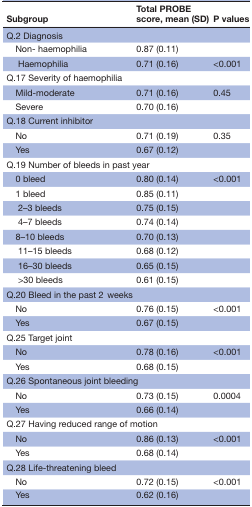
<table><thead><tr><td><b>Subgroup</b></td><td><b>Total PROBE score, mean (SD)</b></td><td><b>P values</b></td></tr></thead><tbody><tr><td colspan="3">Q.2 Diagnosis</td></tr><tr><td> Non- haemophilia</td><td>0.87 (0.11)</td><td></td></tr><tr><td>Haemophilia</td><td>0.71 (0.16)</td><td>&lt;0.001</td></tr><tr><td colspan="3">Q.17 Severity of haemophilia</td></tr><tr><td> Mild-moderate</td><td>0.71 (0.16)</td><td>0.45</td></tr><tr><td> Severe</td><td>0.70 (0.16)</td><td></td></tr><tr><td colspan="3">Q.18 Current inhibitor</td></tr><tr><td> No</td><td>0.71 (0.19)</td><td>0.35</td></tr><tr><td> Yes</td><td>0.67 (0.12)</td><td></td></tr><tr><td colspan="3">Q.19 Number of bleeds in past year</td></tr><tr><td> 0 bleed</td><td>0.80 (0.14)</td><td>&lt;0.001</td></tr><tr><td> 1 bleed</td><td>0.85 (0.11)</td><td></td></tr><tr><td>2–3 bleeds</td><td>0.75 (0.15)</td><td></td></tr><tr><td>4–7 bleeds</td><td>0.74 (0.14)</td><td></td></tr><tr><td> 8–10 bleeds</td><td>0.70 (0.13)</td><td></td></tr><tr><td>11–15 bleeds</td><td>0.68 (0.12)</td><td></td></tr><tr><td>16–30 bleeds</td><td>0.65 (0.15)</td><td></td></tr><tr><td>&gt;30 bleeds</td><td>0.61 (0.15)</td><td></td></tr><tr><td colspan="3">Q.20 Bleed in the past 2weeks</td></tr><tr><td> No</td><td>0.76 (0.15)</td><td>&lt;0.001</td></tr><tr><td> Yes</td><td>0.67 (0.15)</td><td></td></tr><tr><td colspan="3">Q.25 Target joint</td></tr><tr><td> No</td><td>0.78 (0.16)</td><td>&lt;0.001</td></tr><tr><td> Yes</td><td>0.68 (0.15)</td><td></td></tr><tr><td colspan="3">Q.26 Spontaneous joint bleeding</td></tr><tr><td> No</td><td>0.73 (0.15)</td><td>0.0004</td></tr><tr><td> Yes</td><td>0.66 (0.14)</td><td></td></tr><tr><td colspan="3">Q.27 Having reduced range of motion</td></tr><tr><td> No</td><td>0.86 (0.13)</td><td>&lt;0.001</td></tr><tr><td> Yes</td><td>0.68 (0.14)</td><td></td></tr><tr><td colspan="3">Q.28 Life-threatening bleed</td></tr><tr><td> No</td><td>0.72 (0.15)</td><td>&lt;0.001</td></tr><tr><td> Yes</td><td>0.62 (0.16)</td><td></td></tr></tbody></table>